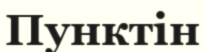
Пунктін